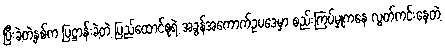
ပြီးခဲ့တဲ့နှစ်က ပြဋ္ဌာန်းခဲ့တဲ့ ပြည်ထောင်စုရဲ့ အခွန်အကောက်ဥပဒေမှာ စည်းကြပ်မှုကနေ လွတ်ကင်းနေတဲ့